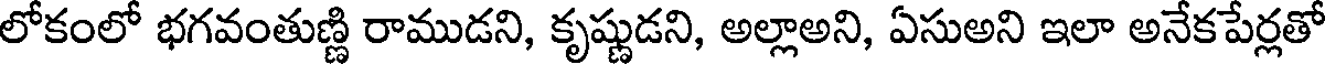
లోకంలో భగవంతుణ్ణి రాముడని, కృష్ణుడని, అల్లాఅని, ఏసుఅని ఇలా అనేకపేర్లతో